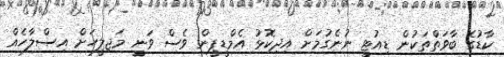
ކާޑުގެ ބާވަތްތަކުން ޑިއުޓީ ނުނެގުމަށް އިދިކޮޅު އެމްޑީޕީން ވެސް ވަނީ މަޖިލީހަށް އިސްލާހެއް